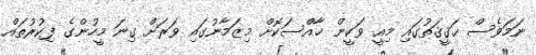
ނަމަވެސް ޙަޤީޤަތުގައި މިއީ ވަކީން ޚާއްސަކޮށް މިޒަމާނުގައި ވަރަށް ގިނަ މީހުންގެ ފިކުރުތައް